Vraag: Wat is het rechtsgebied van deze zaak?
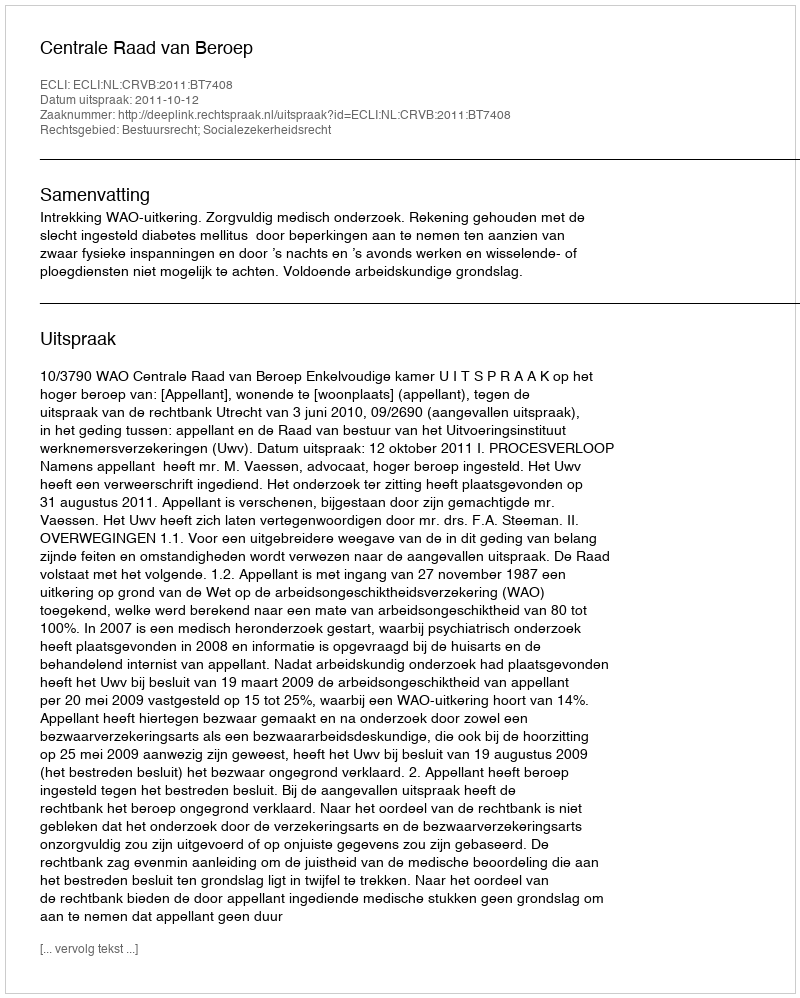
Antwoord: Bestuursrecht; Socialezekerheidsrecht